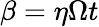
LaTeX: \beta=\eta\Omega t